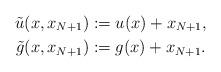
LaTeX: \begin{align*}\tilde{u}(x,x_{N+1})&:=u(x)+x_{N+1},\\\tilde{g}(x,x_{N+1})&:=g(x)+x_{N+1}.\end{align*}